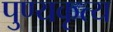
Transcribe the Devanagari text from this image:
पुण्यकृत्य